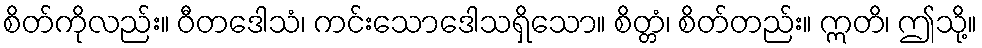
စိတ်ကိုလည်း။ ဝီတဒေါသံ၊ ကင်းသောဒေါသရှိသော။ စိတ္တံ၊ စိတ်တည်း။ ဣတိ၊ ဤသို့။